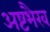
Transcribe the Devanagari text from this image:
अष्टभैरव